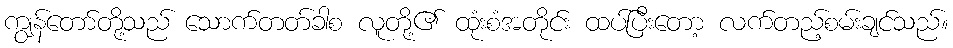
ကျွန်တော်တို့သည် သောက်တတ်ခါစ လူတို့၏ ထုံးစံအတိုင်း ထပ်ပြီးတော့ လက်တည့်စမ်းချင်သည်။